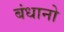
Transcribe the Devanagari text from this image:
बंधानो